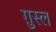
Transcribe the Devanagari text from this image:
गु़स्ल